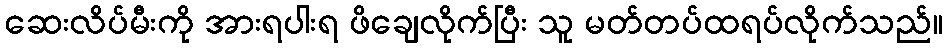
ဆေးလိပ်မီးကို အားရပါးရ ဖိချေလိုက်ပြီး သူ မတ်တပ်ထရပ်လိုက်သည်။